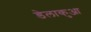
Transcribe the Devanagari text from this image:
डेलाकुआ